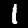
Label: 1